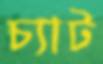
চ্যাট